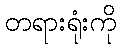
တရားရုံးကို